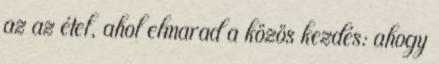
az az étel, ahol elmarad a közös kezdés: ahogy